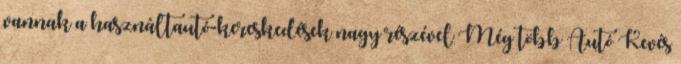
vannak a használtautó-kereskedések nagy részével Még több Autó Kevés